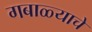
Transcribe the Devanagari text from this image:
गबाळ्याचे